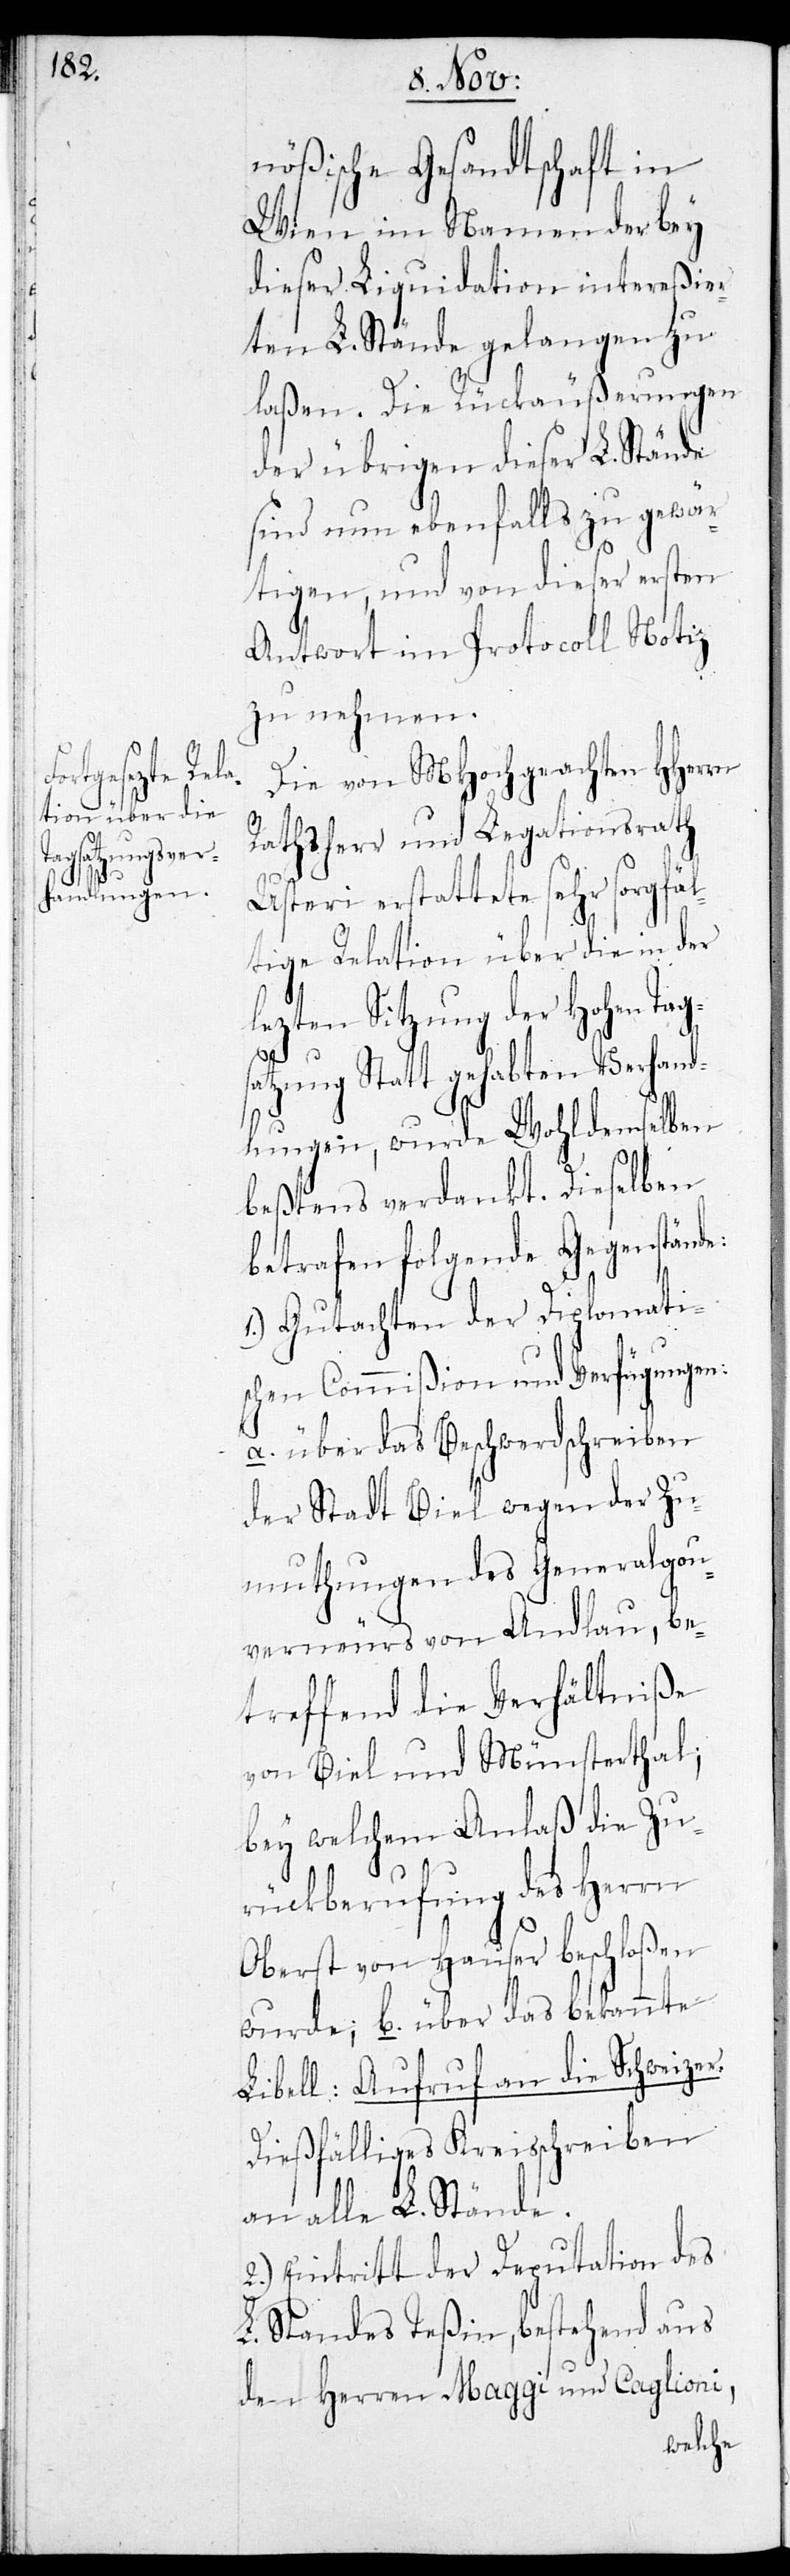
sat¬

nößische Gesandtschaft in
Wien im Namen der bey
dieser Liquidation intereßier¬
ten L. Stände gelangen zu
laßen. Die Rückäußerungen
der übrigen dieser L. Stände
sind nun ebenfalls zu gewär¬
tigen, und von dieser ersten
Antwort im Protocoll Notiz
zu nehmen.
Die von MHochgeachten HHerrn
Rathsherr und Legationsrath
Usteri erstattete sehr sorgfäl¬
tige Relation über die in der
lezten Sitzung der Hohen Tag¬
zung Statt gehabten Verhand¬
lungen, wurde Wohldemselben
beßtens verdankt. Dieselben
betrafen folgenden Gegenstände:
1.) Gutachten der Diplomati¬
schen Commißion und Verfügungen:
a. über das Beschwerdschreiben
der Stadt Biel wegen der Zu¬
muthungen des Generalgou¬
verneurs von Andlau, be¬
treffend die Verhältniße
von Biel und Münsterthal,
bey welchem Anlaß die Zu¬
rückberufung des Herrn
Oberst von Hauser beschloßen
wurde; b. über das bekannte
Libell: Aufruf an die Schweizer.
Dießfälliges Kreisschreiben
an alle L. Stände.
2.) Eintritt der Deputation des
L. Standes Teßin, bestehend aus
den Herren Maggi und Caglioni,